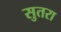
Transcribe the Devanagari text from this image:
सुतरा